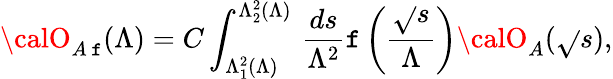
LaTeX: {\calO}_{A\, \mathtt{f}}(\Lambda)=C\int_{\Lambda_{1}^{2}(\Lambda)}^{\Lambda_{2}^{2}(\Lambda)}\, \frac{{ds}}{{\Lambda^{2}}}\mathtt{f}\left(\frac{{\sqrt{}{{s}}}}{{\Lambda}}\right){\calO}_{A}(\sqrt{}{{s}}),